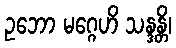
ဥဘော မဂ္ဂေဟိ သန္ဒန္တိ၊